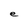
Character: e